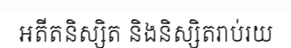
អតីតនិស្សិត និងនិស្សិតរាប់រយ